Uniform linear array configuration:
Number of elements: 48
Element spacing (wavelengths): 0.25
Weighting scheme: kaiser
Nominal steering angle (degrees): -60
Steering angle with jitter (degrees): -60.607
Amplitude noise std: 0.05
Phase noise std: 0.05

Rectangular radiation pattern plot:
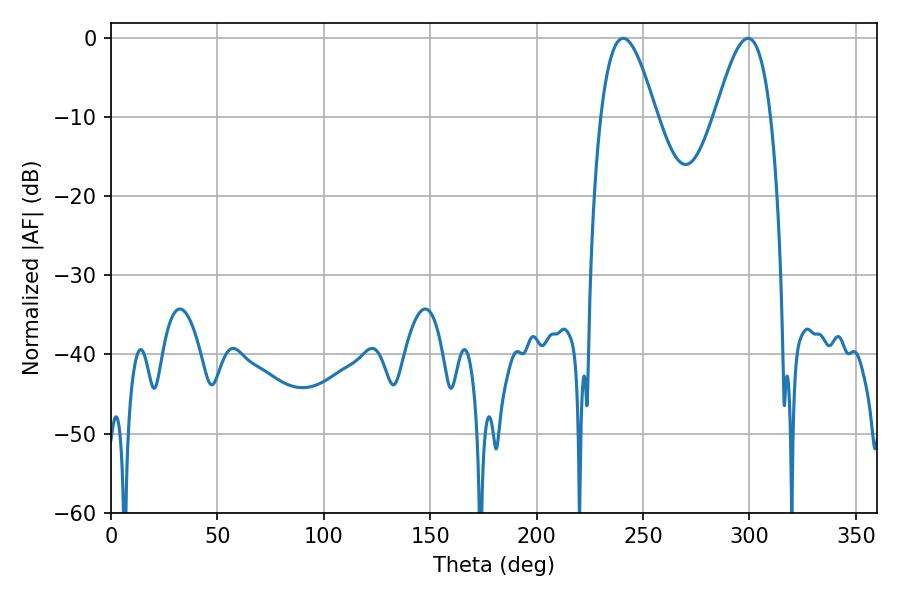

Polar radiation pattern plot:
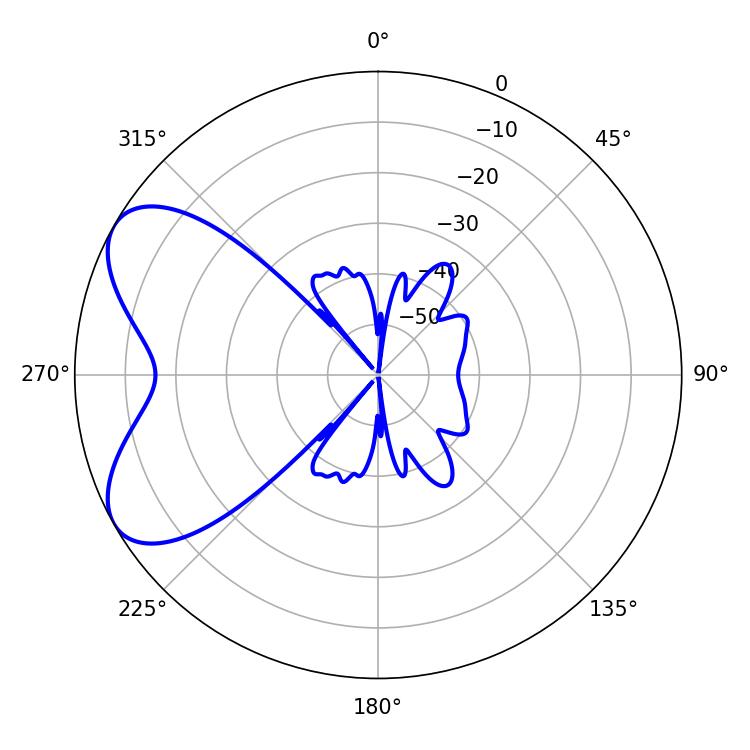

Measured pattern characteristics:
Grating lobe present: FALSE
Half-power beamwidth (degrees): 14.22
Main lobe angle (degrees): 240.66